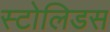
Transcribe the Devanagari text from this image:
स्टोलिडस